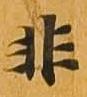
非